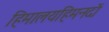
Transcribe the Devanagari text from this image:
हिमालयहिमनदों